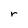
Character: r